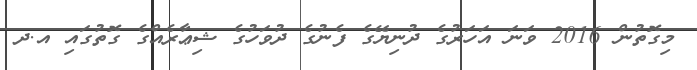
މިގޮތުން 2016 ވަނަ އަހަރުގެ ދުނިޔޭގެ ފެނުގެ ދުވަހުގެ ޝިޢާރެއްގެ ގޮތުގައި އ.ދ